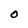
Character: 0